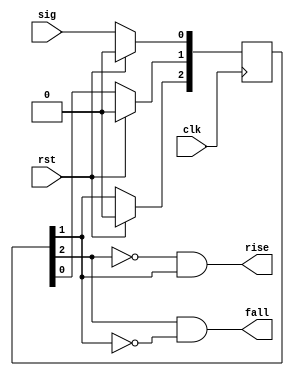
module async_edge_detect
(
    input  wire clk,
    input  wire rst,

    input  wire sig,

    output wire rise,
    output wire fall
);

reg [2:0] sig_reg;

assign rise = !sig_reg[2] && sig_reg[1];
assign fall = sig_reg[2] && !sig_reg[1];

always @(posedge clk) begin
    if (rst) begin
        sig_reg[0] <= 1'b0;
        sig_reg[1] <= 1'b0;
        sig_reg[2] <= 1'b0;
    end else begin
        sig_reg[2] <= sig_reg[1];
        sig_reg[1] <= sig_reg[0];
        sig_reg[0] <= sig;
    end
end


endmodule